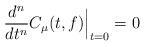
LaTeX: \begin{align*}\frac{d^n}{dt^n} C_\mu (t,f) \Big| _{t=0} =0 \end{align*}